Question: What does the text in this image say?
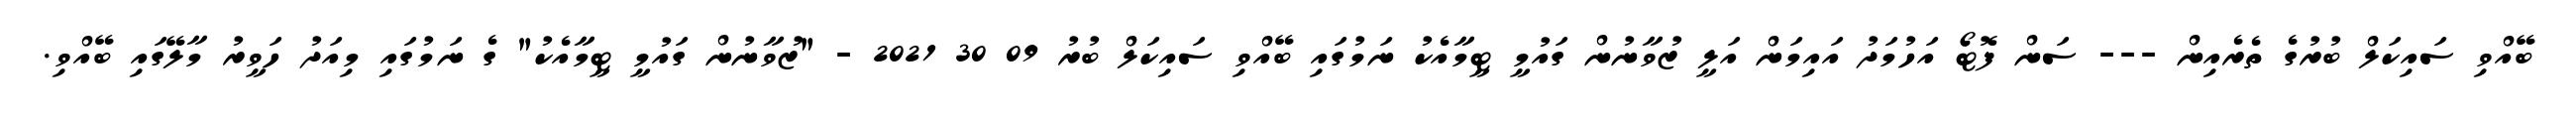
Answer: ބޭއްވި ސައިކަލް ބުރުގެ ތެރެއިން --- ސަން ފޮޓޯ އަހުމަދު އައިމަން އަލީ ޒުވާނުން ގައުމީ ޓީމާއެކު ނަމުގައި ބޭއްވި ސައިކަލް ބުރު 09 30 2021 - "ޒުވާނުން ގައުމީ ޓީމާއެކު" ގެ ނަމުގައި މިއަދު ހަވީރު މާލޭގައި ބޭއްވި.